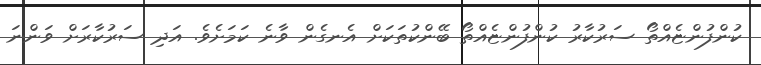
ކުންފުންޏެއްތޯ ސަރުކާރު ކުންފުންޏެއްތޯ ބޭންކުތަކަށް އެނގެން ވާނެ ކަމަށެވެ. އަދި ސަރުކާރަށް ވަންނަ